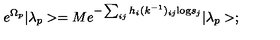
e ^ { \Omega _ { p } } | \lambda _ { p } > = M e ^ { - \sum _ { i j } h _ { i } ( k ^ { - 1 } ) _ { i j } \mathrm { l o g } s _ { j } } | \lambda _ { p } > ;